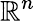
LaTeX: \mathbb{R}^{n}